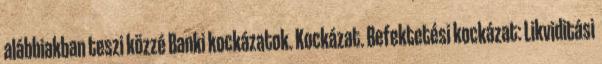
alábbiakban teszi közzé Banki kockázatok. Kockázat. Befektetési kockázat: Likviditási